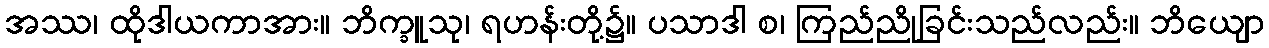
အဿ၊ ထိုဒါယကာအား။ ဘိက္ခူသု၊ ရဟန်းတို့၌။ ပသာဒါ စ၊ ကြည်ညိုခြင်းသည်လည်း။ ဘိယျော